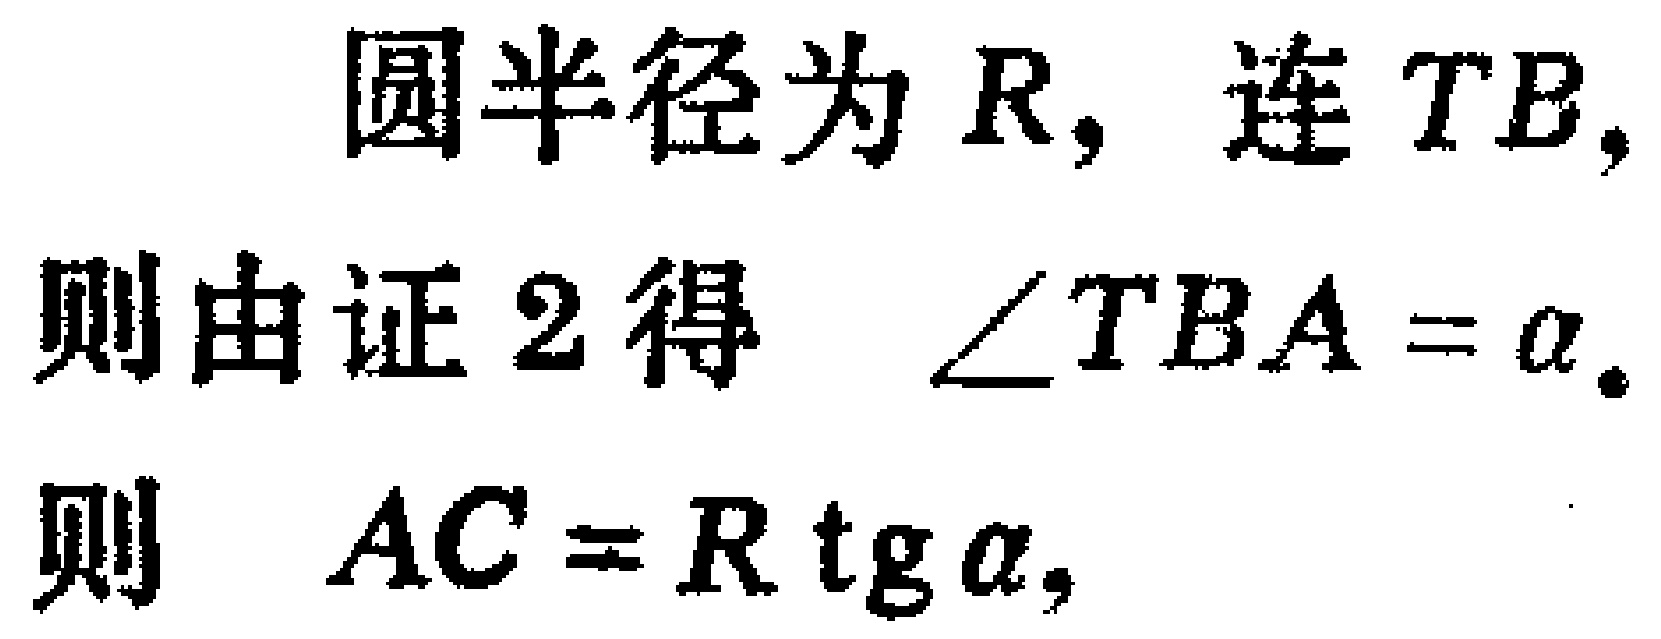
圆半径为 \(R\)，连 \(TB\)，
则由证 2 得 \(\angle TBA = \alpha\).
则 \(AC = R \operatorname{tg} \alpha\)，